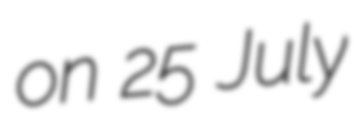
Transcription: on 25 July